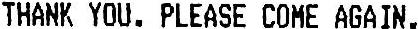
THANK YOU. PLEASE COME AGAIN.